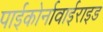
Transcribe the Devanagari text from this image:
पाईकोर्नावाईराइड